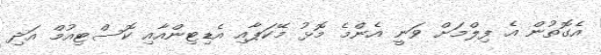
އެގޮތުން އެ ފިލްމަށް ވަނީ އެންމެ މޮޅު މޭކަޕާއި އެޑިޓިންއާއި ކޮސްޓިއުމް އަދި